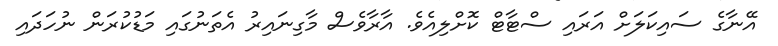
އޭނާގެ ސައިކަލަށް އަރައި ސްޓާޓް ކޮށްލިއެވެެ. އާރާވެސް މާގިނައިރު އެތަނުގައި މަޑުކުރަން ނުހަދައި